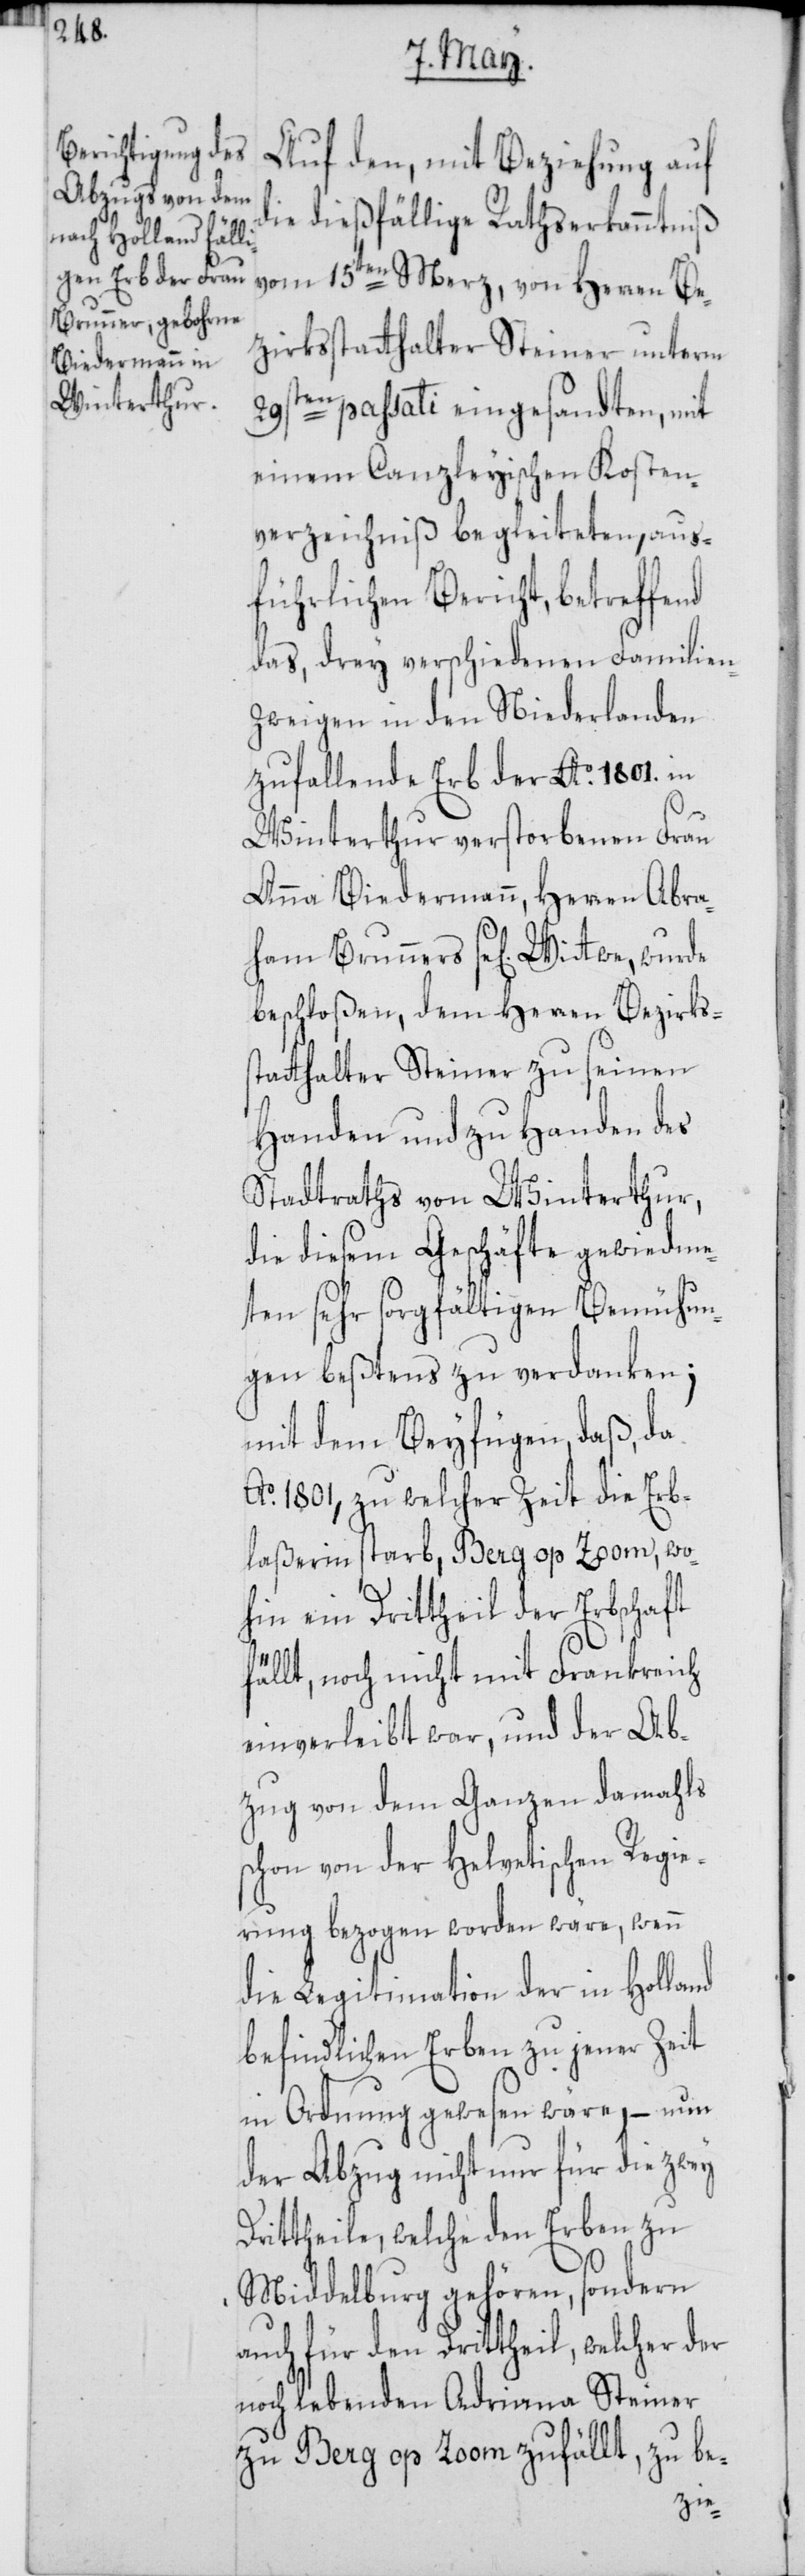
Auf den, mit Beziehung auf
die dießfällige Rathserkanntnis
vom 15ten Merz, von Herren Be¬
zirksstatthalter Steiner unterm
29sten passati eingesandten, mit
einem Canzleyischen Kosten¬
verzeichnis begleiteten, aus¬
führlichen Bericht, betreffend
das, drey verschiedenen Familien¬
zweigen in den Niederlanden
zufallende Erb der Ao. 1801. in
Winterthur verstorbenen Frau
Anna Biedermann, Herren Abraham
beschloßen, dem Herren Bezirkss¬
tatthalter Steiner zu seinen
Handen und zu Handen des
Stadtraths von Winterthur,
die diesem Geschäfte gewiedme¬
ten sehr sorgfältigen Bemühun¬
gen beßtens zu verdanken;
mit dem Beyfügen, daß, da
Ao. 1801, zu welcher Zeit die Erb¬
laßerin starb, Berg op Zoom, wo¬
hin ein Drittheil der Erbschaft
fällt, noch nicht mit Frankreich
einverleibt war, und der Ab¬
zug von dem Ganzen damahls
schon von der Helvetischen Regie¬
rung bezogen worden wäre, wenn
die Legitimation der in Holland
befindlichen Erben zu jener Zeit
in Ordnung gewesen wäre, – nun
der Abzug nicht nur für die zwey
Drittheile, welche den Erben zu
Middelburg gehören, sondern
auch für den Drittheil, welcher der
noch lebenden Adriana Steiner
zu Berg op Zoom zufällt, zu be-